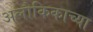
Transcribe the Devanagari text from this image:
अलौकिकाच्या